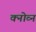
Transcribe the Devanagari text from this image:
क्नोव्न